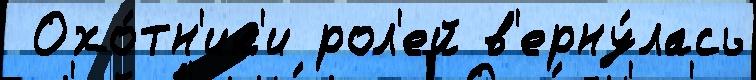
 Охо́тн'ик'и рол'ей в'ерну́лась